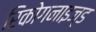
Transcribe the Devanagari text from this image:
रिकोगनाइज्ड